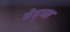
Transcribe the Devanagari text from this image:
बेद्व्य्र